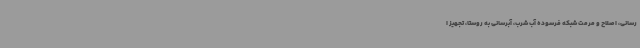
رسانی، اصلاح و مرمت شبکه فرسوده آب شرب، آبرسانی به روستا، تجهیز ا